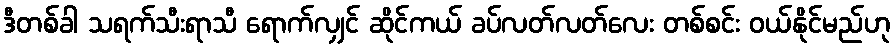
ဒီတစ်ခါ သရက်သီးရာသီ ရောက်လျှင် ဆိုင်ကယ် ခပ်လတ်လတ်လေး တစ်စင်း ဝယ်နိုင်မည်ဟု